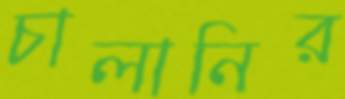
চালানির